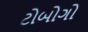
ટોબોગો